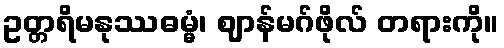
ဥတ္တရိမနုဿဓမ္မံ၊ ဈာန်မဂ်ဖိုလ် တရားကို။